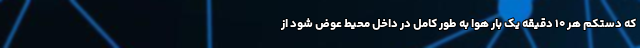
که دستکم هر ۱۰ دقیقه یک بار هوا به طور کامل در داخل محیط عوض شود از